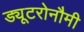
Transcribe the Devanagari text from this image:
ड्यूटरोनौमी